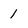
Character: 1